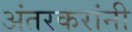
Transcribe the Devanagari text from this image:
अंतरकरांनी